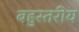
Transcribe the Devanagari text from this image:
बहुस्‍तरीय